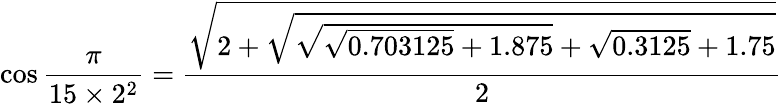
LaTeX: \cos{\frac{\pi}{15\times 2^{2}}}={\frac{\sqrt{2+{\sqrt{{\sqrt{{\sqrt{0.703125}}+1.875}}+{\sqrt{0.3125}}+1.75}}}}{2}}